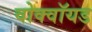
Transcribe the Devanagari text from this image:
वोक्वॉयड